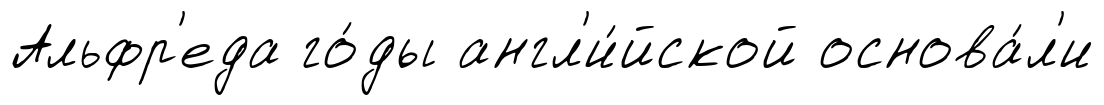
Альфр'еда го́ды англ'и́йской основа́л'и